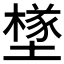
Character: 𡑻